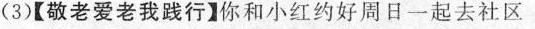
3)【敬老爱老我践行】你和小红约好周日一起去社区